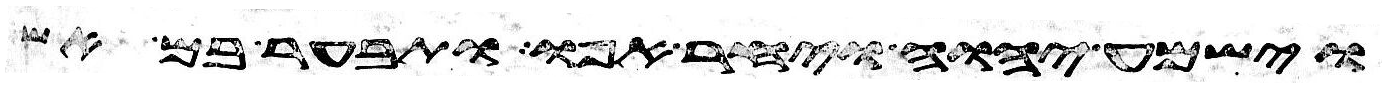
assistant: וישמע יהוה ויחר אפו ותבער בם אש